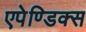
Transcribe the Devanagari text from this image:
एपेण्डिक्स